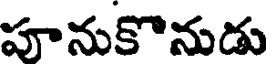
పూనుకొనుడు